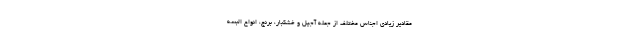
مقادیر زیادی اجناس مختلف از جمله آجیل و خشکبار، برنج، انواع البسه